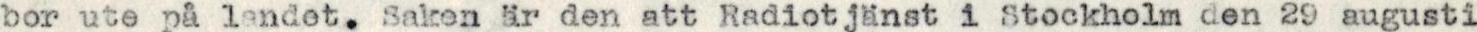
bor ute pa landet. Saken är den att Radiotjänst i Stockholm den 29 augusti